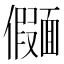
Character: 𫖄